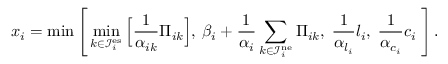
x _ { i } = \operatorname* { m i n } \Bigg [ \operatorname* { m i n } _ { k \in \mathcal { I } _ { i } ^ { \mathrm { e s } } } \Big [ \frac { 1 } { \alpha _ { i k } } \Pi _ { i k } \Big ] , \: \beta _ { i } + \frac { 1 } { \alpha _ { i } } \sum _ { k \in \mathcal { I } _ { i } ^ { \mathrm { n e } } } \Pi _ { i k } , \; \frac { 1 } { \alpha _ { l _ { i } } } l _ { i } , \; \frac { 1 } { \alpha _ { c _ { i } } } c _ { i } \; \Bigg ] \, .